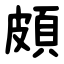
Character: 頗